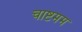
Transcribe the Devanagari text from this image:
चाष्टमम